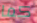
كما